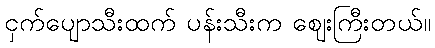
ငှက်ပျောသီးထက် ပန်းသီးက ဈေးကြီးတယ်။